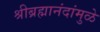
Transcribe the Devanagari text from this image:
श्रीब्रह्मानंदांमुळे